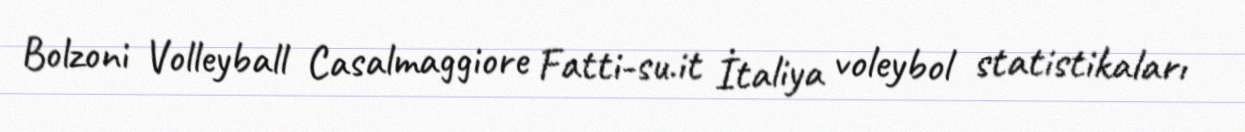
Bolzoni Volleyball Casalmaggiore Fatti-su.it İtaliya voleybol statistikaları